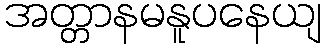
အတ္တာနမနူပနေယျ